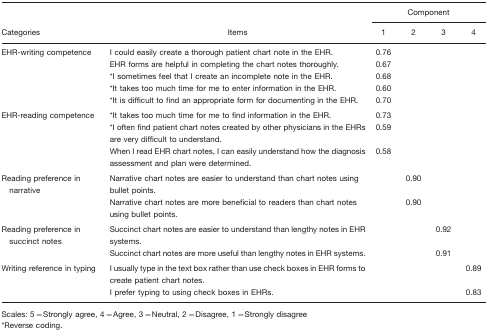
<table><thead><tr><td></td><td></td><td colspan="4"><b>Component</b></td></tr><tr><td><b>Categories</b></td><td><b>Items</b></td><td><b>1</b></td><td><b>2</b></td><td><b>3</b></td><td><b>4</b></td></tr></thead><tbody><tr><td>EHR-writing competence</td><td>I could easily create a thorough patient chart note in the EHR.</td><td>0.76</td><td></td><td></td><td></td></tr><tr><td></td><td>EHR forms are helpful in completing the chart notes thoroughly.</td><td>0.67</td><td></td><td></td><td></td></tr><tr><td></td><td>*I sometimes feel that I create an incomplete note in the EHR.</td><td>0.68</td><td></td><td></td><td></td></tr><tr><td></td><td>*It takes too much time for me to enter information in the EHR.</td><td>0.60</td><td></td><td></td><td></td></tr><tr><td></td><td>*It is difficult to find an appropriate form for documenting in the EHR.</td><td>0.70</td><td></td><td></td><td></td></tr><tr><td>EHR-reading competence</td><td>*It takes too much time for me to find information in the EHR.</td><td>0.73</td><td></td><td></td><td></td></tr><tr><td></td><td>*I often find patient chart notes created by other physicians in the EHRs are very difficult to understand.</td><td>0.59</td><td></td><td></td><td></td></tr><tr><td></td><td>When I read EHR chart notes, I can easily understand how the diagnosis assessment and plan were determined.</td><td>0.58</td><td></td><td></td><td></td></tr><tr><td>Reading preference in narrative</td><td>Narrative chart notes are easier to understand than chart notes using bullet points.</td><td></td><td>0.90</td><td></td><td></td></tr><tr><td></td><td>Narrative chart notes are more beneficial to readers than chart notes using bullet points.</td><td></td><td>0.90</td><td></td><td></td></tr><tr><td>Reading preference in succinct notes</td><td>Succinct chart notes are easier to understand than lengthy notes in EHR systems.</td><td></td><td></td><td>0.92</td><td></td></tr><tr><td></td><td>Succinct chart notes are more useful than lengthy notes in EHR systems.</td><td></td><td></td><td>0.91</td><td></td></tr><tr><td>Writing reference in typing</td><td>I usually type in the text box rather than use check boxes in EHR forms to create patient chart notes.</td><td></td><td></td><td></td><td>0.89</td></tr><tr><td></td><td>I prefer typing to using check boxes in EHRs.</td><td></td><td></td><td></td><td>0.83</td></tr></tbody></table>